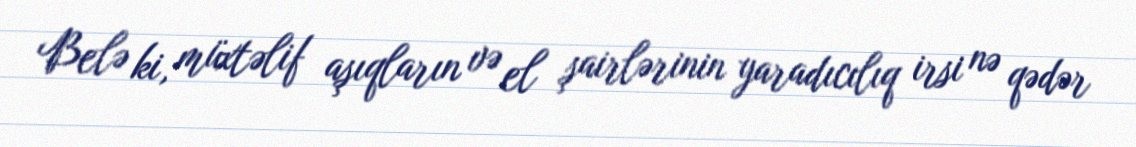
Belə ki, müxtəlif aşıqların və el şairlərinin yaradıcılıq irsi nə qədər